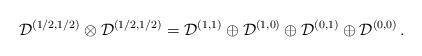
LaTeX: \begin{align*}{\mathcal D}^{(1/2,1/2)} \otimes {\mathcal D}^{(1/2,1/2)} ={\mathcal D}^{(1,1)}\oplus {\mathcal D}^{(1,0)} \oplus {\mathcal D}^{(0,1)}\oplus {\mathcal D}^{(0,0)}\, .\end{align*}